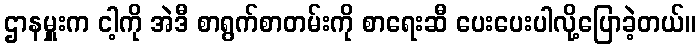
ဌာနမှူးက ငါ့ကို အဲဒီ စာရွက်စာတမ်းကို စာရေးဆီ ပေးပေးပါလို့ပြောခဲ့တယ်။